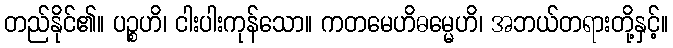
တည်နိုင်၏။ ပဉ္စဟိ၊ ငါးပါးကုန်သော။ ကတမေဟိဓမ္မေဟိ၊ အဘယ်တရားတို့နှင့်။